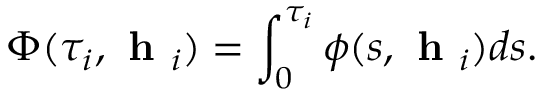
\Phi ( \tau _ { i } , \textbf { h } _ { i } ) = \int _ { 0 } ^ { \tau _ { i } } \phi ( s , \textbf { h } _ { i } ) d s .